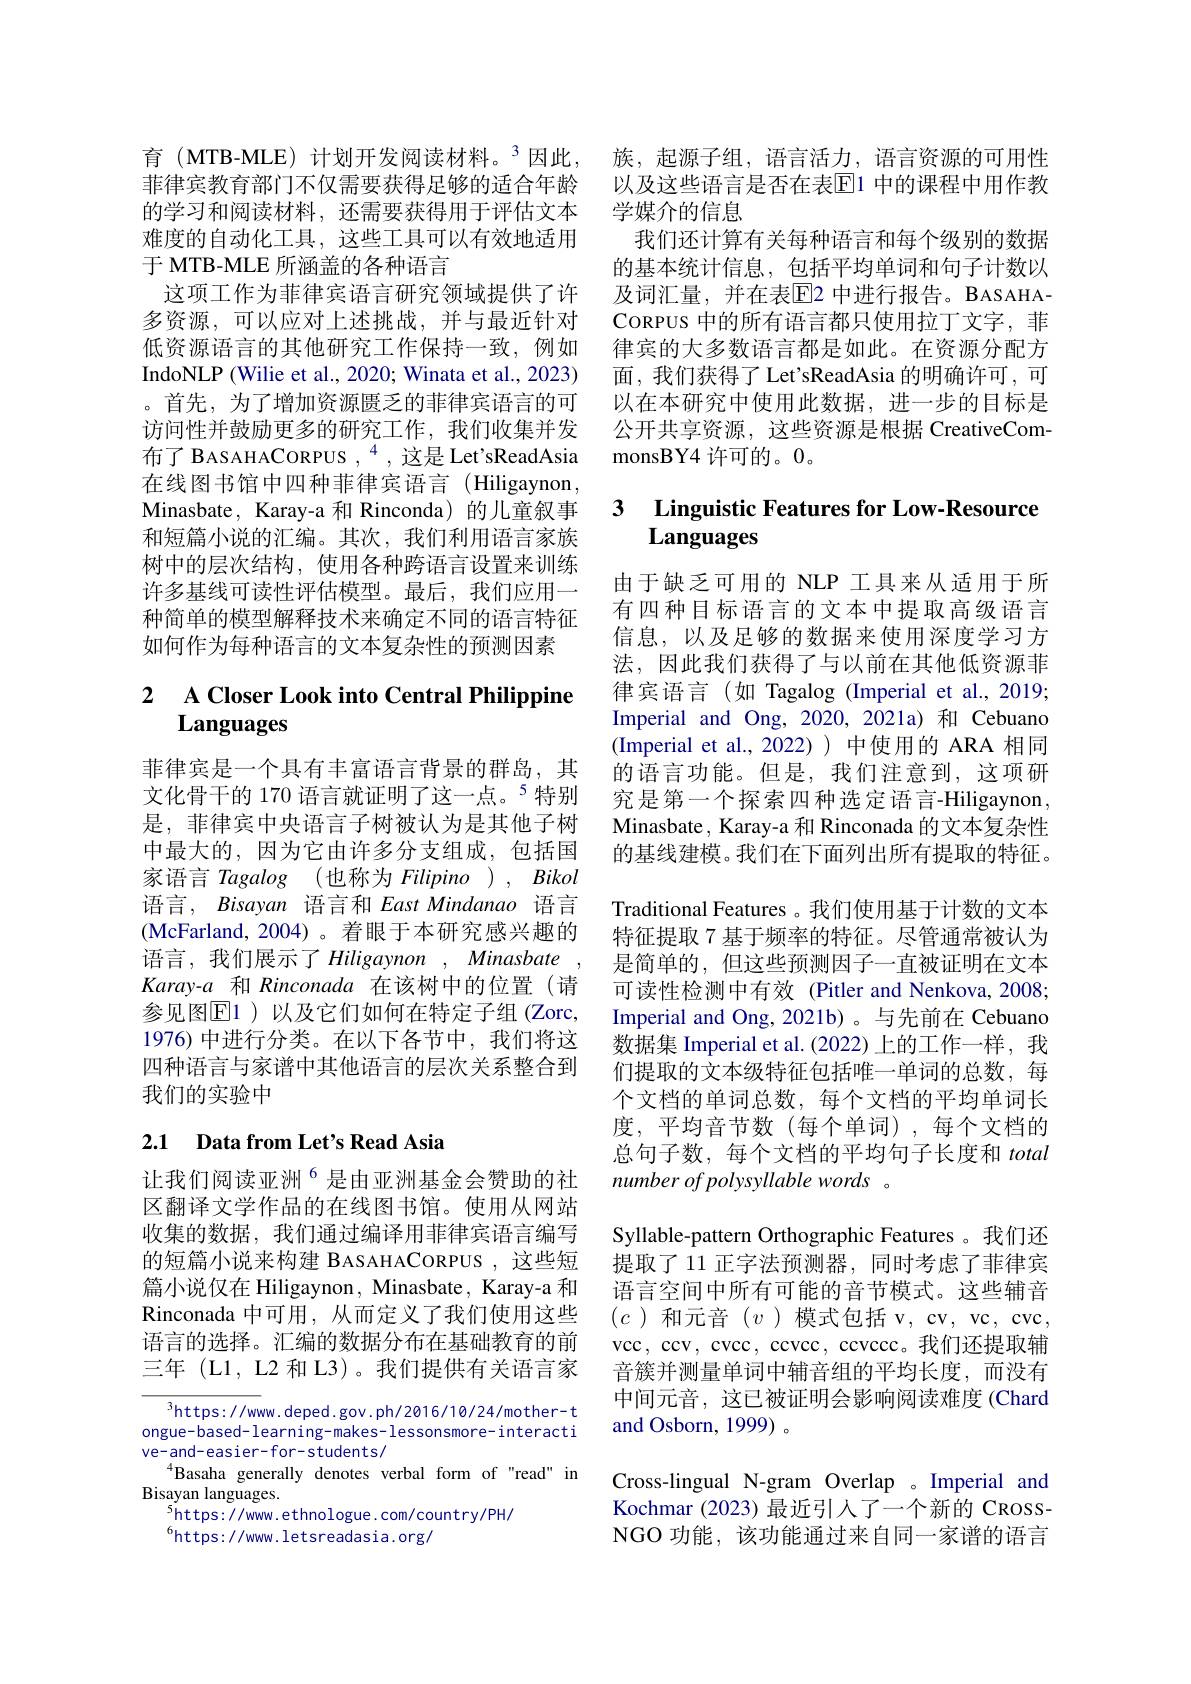
难度的自动化工具，这些工具可以有效地适用
于 MTB-MLE 所涵盖的各种语言
这项工作为菲律宾语言研究领域提供了许多资源，可以应对上述挑战，并与最近针对低资源语言的其他研究工作保持一致，例如IndoNLP (Wilie et al., 2020; Winata et al., 2023) 。首先，为了增加资源匮乏的菲律宾语言的可访问性并鼓励更多的研究工作，我们收集并发布了 BASAHACORPUS $,^4$,这是 Let'sReadAsia 在线图书馆中四种菲律宾语言(Hiligaynon, Minasbate, Karay-a 和 Rinconda) 的儿童叙事和短篇小说的汇编。其次，我们利用语言家族树中的层次结构，使用各种跨语言设置来训练许多基线可读性评估模型。最后，我们应用一种简单的模型解释技术来确定不同的语言特征如何作为每种语言的文本复杂性的预测因素

# $\begin{array}{ll}2&\text{A Closer Look into Central Philippine}\\&\textbf{Languages}\end{array}$

菲律宾是一个具有丰富语言背景的群岛，其文化骨干的 170 语言就证明了这一点。$^{5}$特别是，菲律宾中央语言子树被认为是其他子树中最大的，因为它由许多分支组成，包括国家语言 Tagalog (也称为 Filipino ) , Bikol 语言，Bisayan 语言和 East Mindanao 语言(McFarland,2004)。着眼于本研究感兴趣的语言，我们展示了 Hiligaynon , Minasbate , $Karay-a$和 Rinconada 在该树中的位置(请参见图$\overline{\mathrm{E}}$1)以及它们如何在特定子组(Zorc, 1976) 中进行分类。在以下各节中，我们将这四种语言与家谱中其他语言的层次关系整合到我们的实验中

## 2.1 Data from Let's Read Asia

让我们阅读亚洲$^{6}$是由亚洲基金会赞助的社区翻译文学作品的在线图书馆。使用从网站收集的数据，我们通过编译用菲律宾语言编写的短篇小说来构建 BASAHACORPUS ,这些短篇小说仅在 Hiligaynon , Minasbate , Karay-a 和Rinconada 中可用，从而定义了我们使用这些语言的选择。汇编的数据分布在基础教育的前三年(L1, L2 和 L3)。我们提供有关语言家

$^{3}$https://www.deped.gov.ph/2016/10/24/mother-t ongue-based- learning-makes- lessonsmore- interacti ve-and-easier-for-students/
Basaha generally denotes verbal form of "read" in
Bisayan languages.
$^{5}$https://www.ethnologue.com/country/PH/
$^{6}$https://www.letsreadasia.org/

育(MTB-MLE)计划开发阅读材料。$^3$因此，族，起源子组，语言活力，语言资源的可用性菲律宾教育部门不仅需要获得足够的适合年龄 以及这些语言是否在表$\overline{\mathrm{E}}$1 中的课程中用作教的学习和阅读材料，还需要获得用于评估文本 学媒介的信息
我们还计算有关每种语言和每个级别的数据的基本统计信息，包括平均单词和句子计数以及词汇量，并在表$\overline{\mathrm{E}}$2 中进行报告。BASAHACORPUS 中的所有语言都只使用拉丁文字，菲律宾的大多数语言都是如此。在资源分配方面，我们获得了 Let'sReadAsia 的明确许可，可以在本研究中使用此数据，进一步的目标是公开共享资源，这些资源是根据 CreativeCommonsBY4 许可的。0。

## 3 $\textbf{Linguistic Features for Low- Resource}$ Languages

由于缺乏可用的 NLP 工具来从适用于所有四种目标语言的文本中提取高级语言信息，以及足够的数据来使用深度学习方法，因此我们获得了与以前在其他低资源菲律宾语言(如 Tagalog (Imperial et al.,2019; Imperial and Ong, 2020, 2021a) 和 Cebuano (Imperial et al.,2022))中使用的 ARA 相同的语言功能。但是，我们注意到，这项研究究是第一个探索四种选定语言-Hiligaynon, Minasbate, Karay-a 和 Rinconada 的文本复杂性的基线建模。我们在下面列出所有提取的特征。Traditional Features 。我们使用基于计数的文本特征提取 7 基于频率的特征。尽管通常被认为是简单的，但这些预测因子一直被证明在文本可读性检测中有效 (Pitler and Nenkova, 2008; Imperial and Ong, 2021b) 。与先前在 Cebuano 数据集 Imperial et al.(2022) 上的工作一样，我们提取的文本级特征包括唯一单词的总数，每个文档的单词总数，每个文档的平均单词长度，平均音节数(每个单词),每个文档的总句子数，每个文档的平均句子长度和 total number of polysyllable words 。
Syllable-pattern Orthographic Features 。我们还提取了 11 正字法预测器，同时考虑了菲律宾语言空间中所有可能的音节模式。这些辅音$(c$)和元音(v)模式包括 v, cv, vc, cvc, vcc, ccv, cvcc, ccvcc, ccvccc。我们还提取辅音簇并测量单词中辅音组的平均长度，而没有中间元音，这已被证明会影响阅读难度(Chard and Osborn, 1999) 。
Cross-lingual N-gram Overlap 。Imperial and Kochmar (2023) 最近引人了一个新的 CROSSNGO 功能，该功能通过来自同一家谱的语言